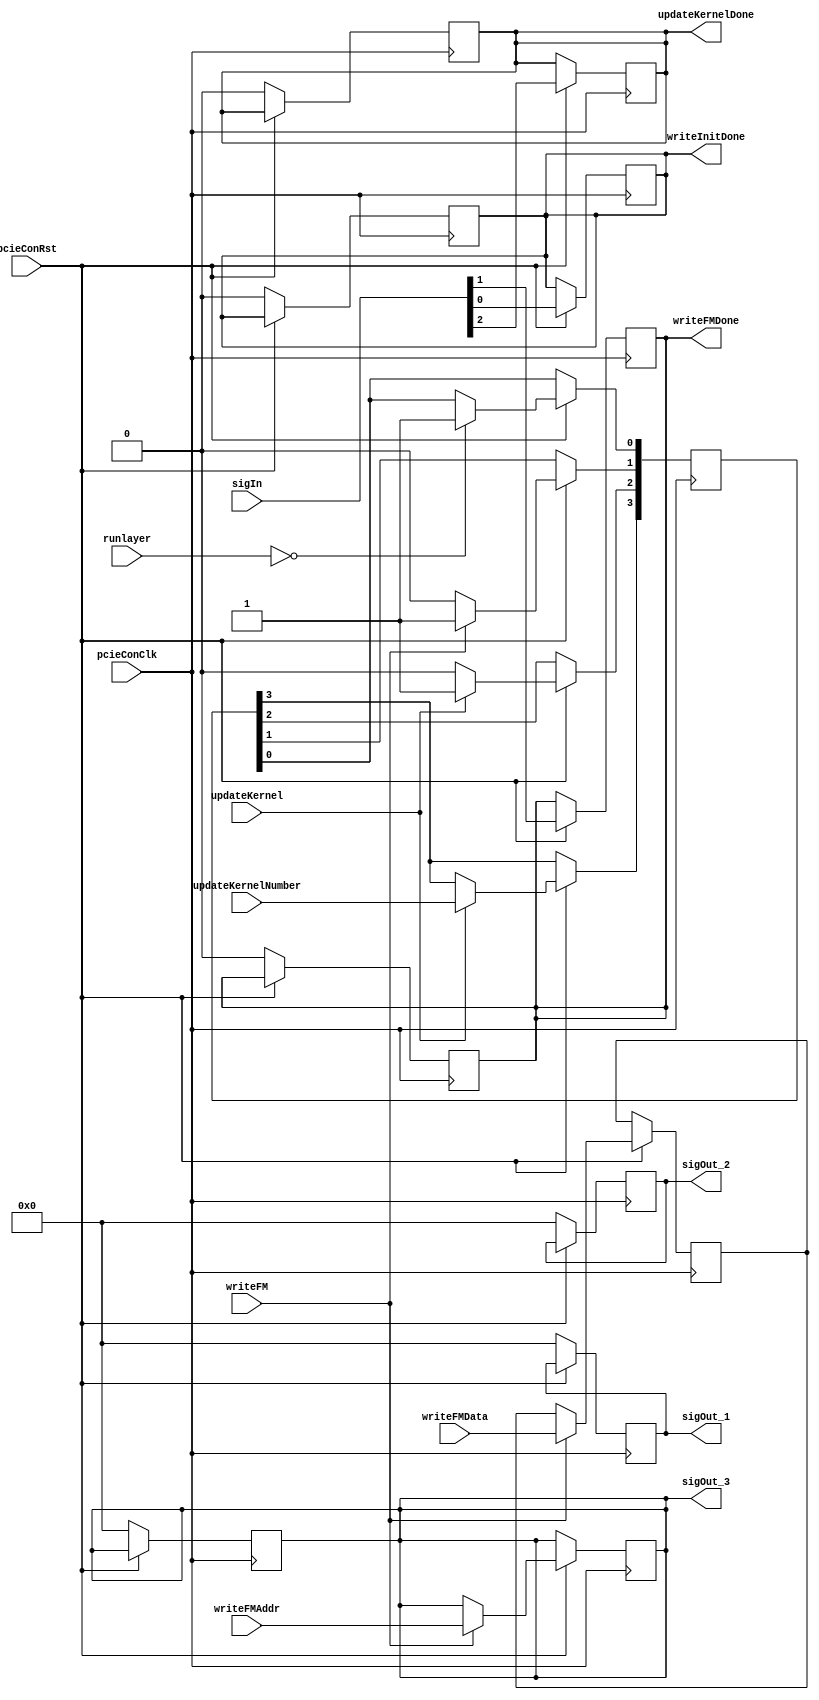
`timescale 1ns / 1ps
//////////////////////////////////////////////////////////////////////////////////
// Company: SJTU Tcloud FPGA Group
// Engineer: 
// 
// Design Name: 
// Module Name: pcie_controller
// Project Name: 
// Target Devices: 
// Tool Versions: 
// Description: 
// 
// Dependencies: 
// 
// Revision:
// Revision 0.01 - File Created
// Additional Comments:
// 
//////////////////////////////////////////////////////////////////////////////////


module pcie_controller(
	input pcieConClk,
	input pcieConRst,

	// pcie 
	input [31:0] sigIn,         // idle write done sig(1 bit), write FM done sig(1 bit), update kernel done sig(1 bit), undefine(29 bits)

	output reg [31:0] sigOut_1, // 0: init prepare ram data(1 bit), 1: write FM sig(1 bit), 2: updata kernel sig(1 bit), 3: updata kernel number(1 bit for 2 kernel), undefine(28 bits)
	output reg [31:0] sigOut_2, // write FM data(16 bits), undefine(16 bits)
	output reg [31:0] sigOut_3, // write FM address(32 bits)

	// cnn
	input [9:0] runlayer,

	output reg writeInitDone,

	input writeFM,
	input [15:0] writeFMData,
	input [31:0] writeFMAddr,
	output reg writeFMDone,

	input updateKernel,
	input updateKernelNumber,
	output reg updateKernelDone
    );

	parameter   IDLE  = 10'b0;

	always @(posedge pcieConClk or posedge pcieConRst) begin
		if(!pcieConRst) begin // reset
			sigOut_1 <= 32'b0;
			sigOut_2 <= 32'b0;
			sigOut_3 <= 32'b0;

			writeInitDone    <= 0;
			writeFMDone      <= 0;
			updateKernelDone <= 0;
		end
	end

	always @(posedge pcieConClk) begin
		if(pcieConRst) begin 
			if (runlayer == IDLE) begin
				sigOut_1[0:0] <= 1;
			end

			// write fm
			if (writeFM == 1) begin
				sigOut_1[1:1]  <= 1;
				sigOut_2[15:0] <= writeFMData;
				sigOut_3       <= writeFMAddr;
			end
			else if (writeFM == 0) begin
				sigOut_1[1:1]  <= 0;
			end

			// update kernel
			if (updateKernel == 1) begin
				sigOut_1[2:2]  <= 1;
				sigOut_1[3:3]  <= updateKernelNumber;
			end
			else if (updateKernel == 0) begin
				sigOut_1[2:2]  <= 0;
			end

			writeInitDone    <= sigIn[0:0];
			writeFMDone      <= sigIn[1:1];
			updateKernelDone <= sigIn[2:2];
		end
	end

endmodule